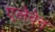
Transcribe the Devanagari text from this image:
एलेवेन